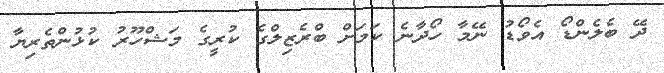
ދޭ ބެލެންޑޯ އެވޯޑު ނޭމާ ހޯދާނެ ކަމަށް ބްރެޒިލްގެ ކުރީގެ މަޝްހޫރު ކުޅުންތެރިޔާ